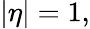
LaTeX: |\eta|=1,